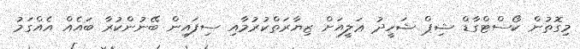
މިގޮތުން ކޯސްޓްގާޑް ޝިޕް ޝަހީދު ޢަލީއަށް ޒިޔާރަތްކުރުމާއި ސިފައިން ބޭނުންކުރާ ބައެއް އެއްގަމު